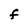
Character: F